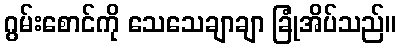
ဂွမ်းစောင်ကို သေသေချာချာ ခြုံအိပ်သည်။